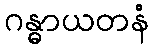
ဂန္ဓာယတနံ